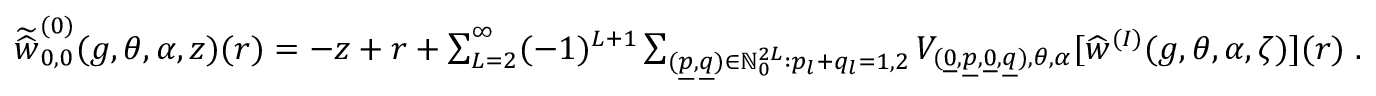
\begin{array} { r } { \widetilde { \widehat { w } } _ { 0 , 0 } ^ { ( 0 ) } ( g , \theta , \alpha , z ) ( r ) = - z + r + \sum _ { L = 2 } ^ { \infty } ( - 1 ) ^ { L + 1 } \sum _ { ( \underline { { p } } , \underline { { q } } ) \in { \mathord { \mathbb N } } _ { 0 } ^ { 2 L } : p _ { l } + q _ { l } = 1 , 2 } V _ { ( \underline { { 0 } } , \underline { { p } } , \underline { { 0 } } , \underline { { q } } ) , \theta , \alpha } [ \widehat { w } ^ { ( I ) } ( g , \theta , \alpha , \zeta ) ] ( r ) \; . } \end{array}